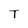
Character: T